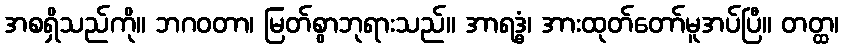
အစရှိသည်ကို။ ဘဂဝတာ၊ မြတ်စွာဘုရားသည်။ အာရဒ္ဓံ၊ အားထုတ်တော်မူအပ်ပြီ။ တတ္ထ၊